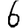
Digit: 6